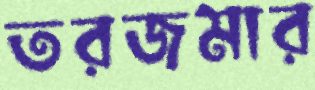
তরজমার